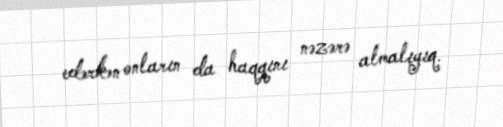
edərkən onların da haqqını nəzərə almalıyıq.